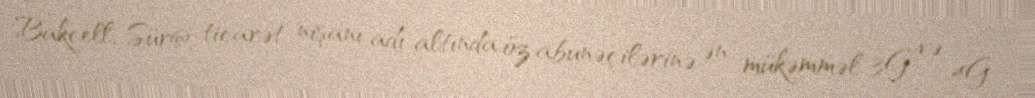
Bakcell, Sür@ ticarət nişanı adı altında öz abunəçilərinə ən mükəmməl 3G və 4G